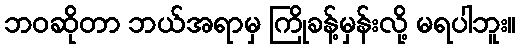
ဘဝဆိုတာ ဘယ်အရာမှ ကြိုခန့်မှန်းလို့ မရပါဘူး။